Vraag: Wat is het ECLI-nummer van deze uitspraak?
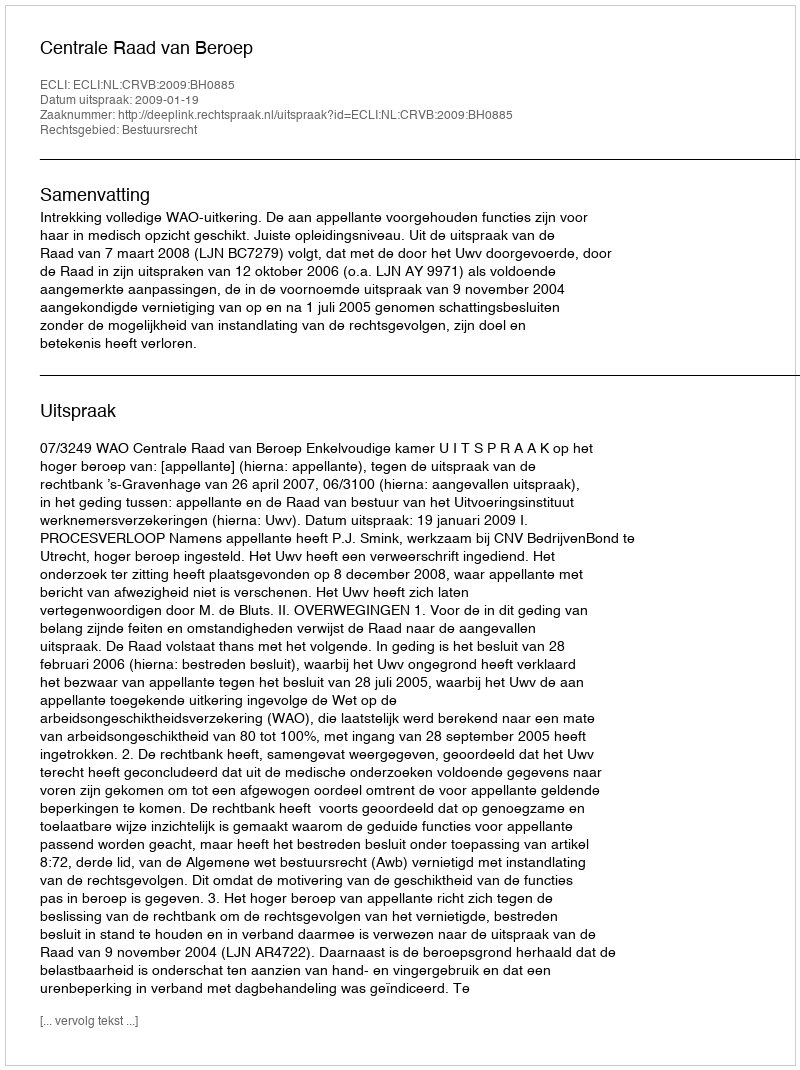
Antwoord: ECLI:NL:CRVB:2009:BH0885